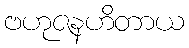
ဗဟုဇနဟိတာယ